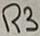
Text: R3